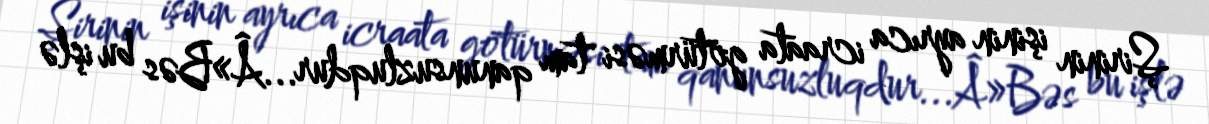
Şirinin işinin ayrıca icraata götürməsi tam qanunsuzluqdur...Â»Bəs bu işlə